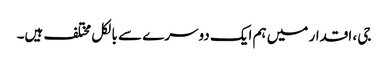
جی ، اقدار میں ہم ایک دوسرے سے بالکل مختلف ہیں۔